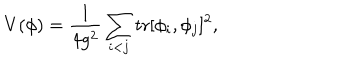
LaTeX: V ( \phi ) = \frac { 1 } { 4 g ^ { 2 } } \sum _ { i < j } \mathrm { t r } [ \phi _ { i } , \phi _ { j } ] ^ { 2 } ,